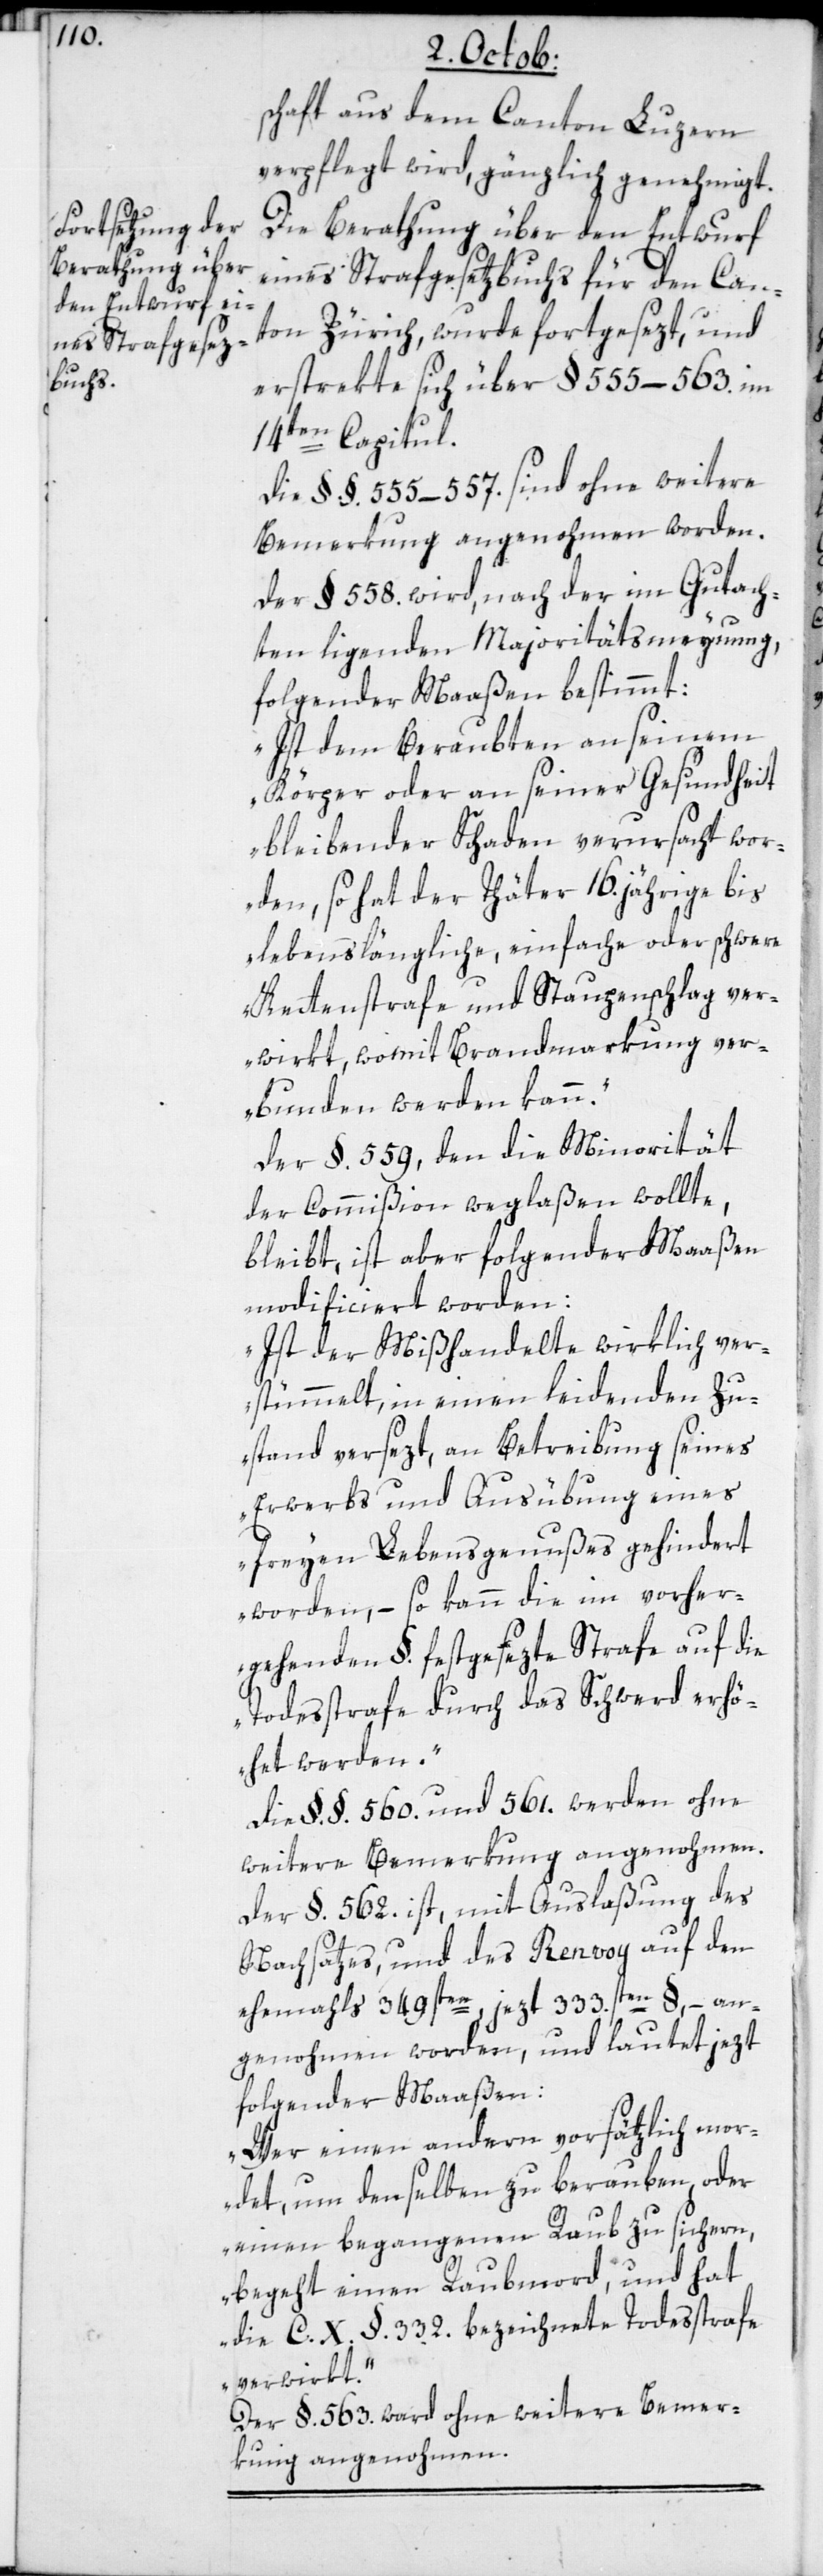
schaft aus dem Canton Luzern
verpflegt wird, gänzlich genehmigt.
Die Berathung über den Entwurf
eines Strafgesetzbuchs für den Can¬
ton Zürich, wurde fortgesezt, und
erstrekte sich über §. 555.–563. im
14ten Capitul.
die §.§. 555.–557. sind ohne weitere
Bemerkung angenohmen worden.
der §. 558. wird, nach der im Gutach¬
ten ligenden Majoritätsmeynung
folgender Maßen bestimmt:
„Ist dem Beraubten an seinem
Körper oder an seiner Gesundheit
bleibender Schaden verursacht wor¬
den, so hat der Thäter 16.jährige bis
lebenslängliche, einfache oder schwere
Kettenstrafe und Staupenschlag ver¬
wirkt, womit Brandmarkung ver¬
bunden werden kann“.
Der §. 559, den die Minorität
der Commißion weglaßen wollte,
bleibt, ist aber folgender Maaßen
modificiert worden:
„Ist der Mißhandelte wirklich ver¬
stümmelt, in einen leidenden Zu¬
stand versezt, an Betreibung seines
Erwerbs und Ausübung eines
freyen Lebensgenußes gehindert
worden, – so kann die im vorher¬
gehenden §. festgesezte Strafe auf die
Todesstrafe durch das Schwerd erhö¬
het werden“.
die §.§. 560. und 561. werden ohne
weitere Bemerkung angenohmen.
der §. 562. ist, mit Auslaßung des
Nachsatzes, und des Renvoy auf den
ehemahls 349ten, jezt 333sten §, – an¬
genohmen worden, und lautet jezt
folgender Maaßen:
„Wer einen andern vorsätzlich mor¬
det, um denselben zu berauben, oder
einen begangenen Raub zu sichern,
begeht einen Raubmord, und hat
die C. X. §. 332. bezeichnete Todesstrafe
verwirkt“.
Der §. 563. ward ohne weitere Bemer¬
kung angenohmen.